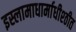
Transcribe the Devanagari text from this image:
इस्लामाधार्माधीश्ठीत